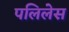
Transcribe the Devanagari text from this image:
पलिलेस